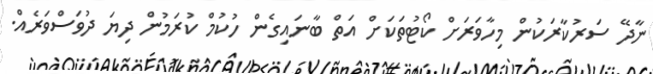
ނާދޭ ސަރުކާރަކުން މިހާވަރަށް ކޯޓުތަކަށް އަތް ބާނައިގެން ހުކުމް ކުރަމުން ދިޔަ ދުވަސްވަރެއް.